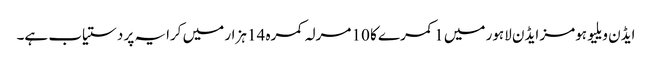
ایڈن ویلیو ہومز ایڈن لاہور میں 1 کمرے کا 10 مرلہ کمرہ 14 ہزار میں کرایہ پر دستیاب ہے۔